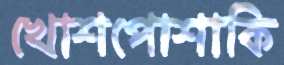
খোশপোশাকি